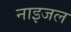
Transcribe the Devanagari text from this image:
नाइजल